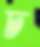
চ